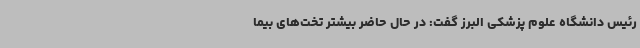
رئیس دانشگاه علوم پزشکی البرز گفت: در حال حاضر بیشتر تخت‌های بیما